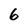
Character: 6